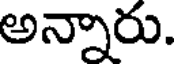
అన్నారు.